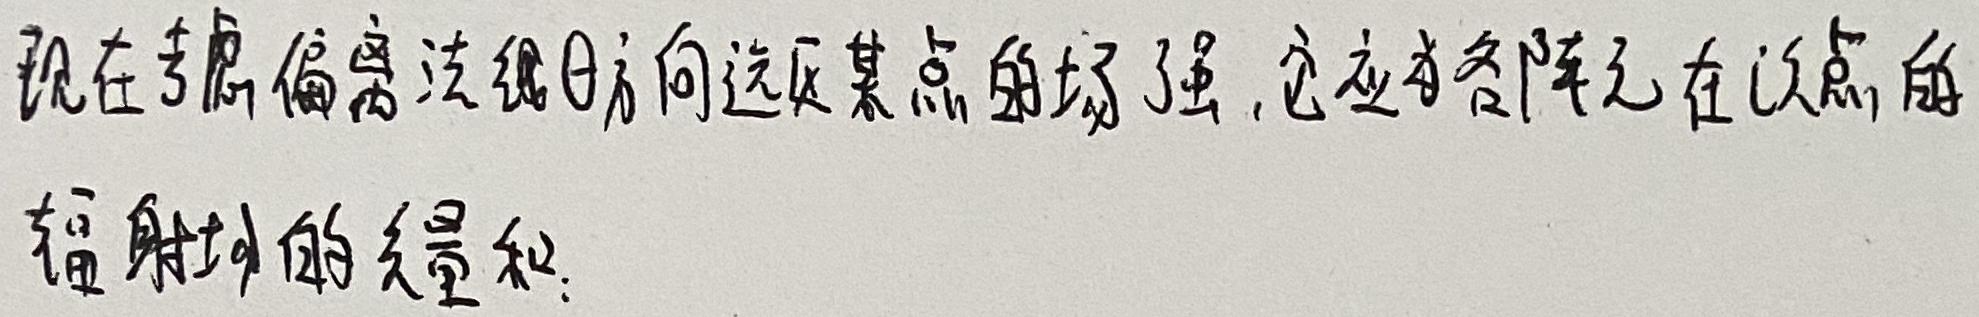
现在考虑偏离法线$\theta$方向远处某点的场强，它应为各阵元在该点的辐射场的矢量和.